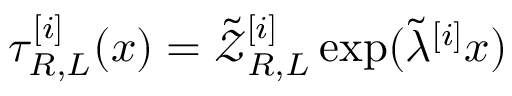
\tau _ { R , L } ^ { [ i ] } ( x ) = \tilde { \mathcal { Z } } _ { R , L } ^ { [ i ] } \exp ( \tilde { \lambda } ^ { [ i ] } x )